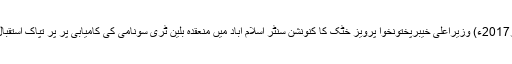
14 نومبر2017ء) وزیراعلیٰ خیبرپختونخوا پرویز خٹک کا کنونشن سنٹر اسلام آباد میں منعقدہ بلین ٹری سونامی کی کامیابی پر پر تپاک استقبال کیا گیا ۔